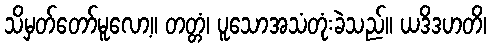
သိမှတ်တော်မူလော့။ တတ္တံ၊ ပူသောအသံတုံးခဲသည်။ ယဒိဒဟတိ၊